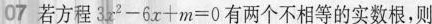
07 若方程$$3 x ^ { 2 } - 6 x + m = 0$$有两个不相等的实数根，则